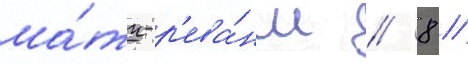
ма́тч-р'ева́нш // 8 //